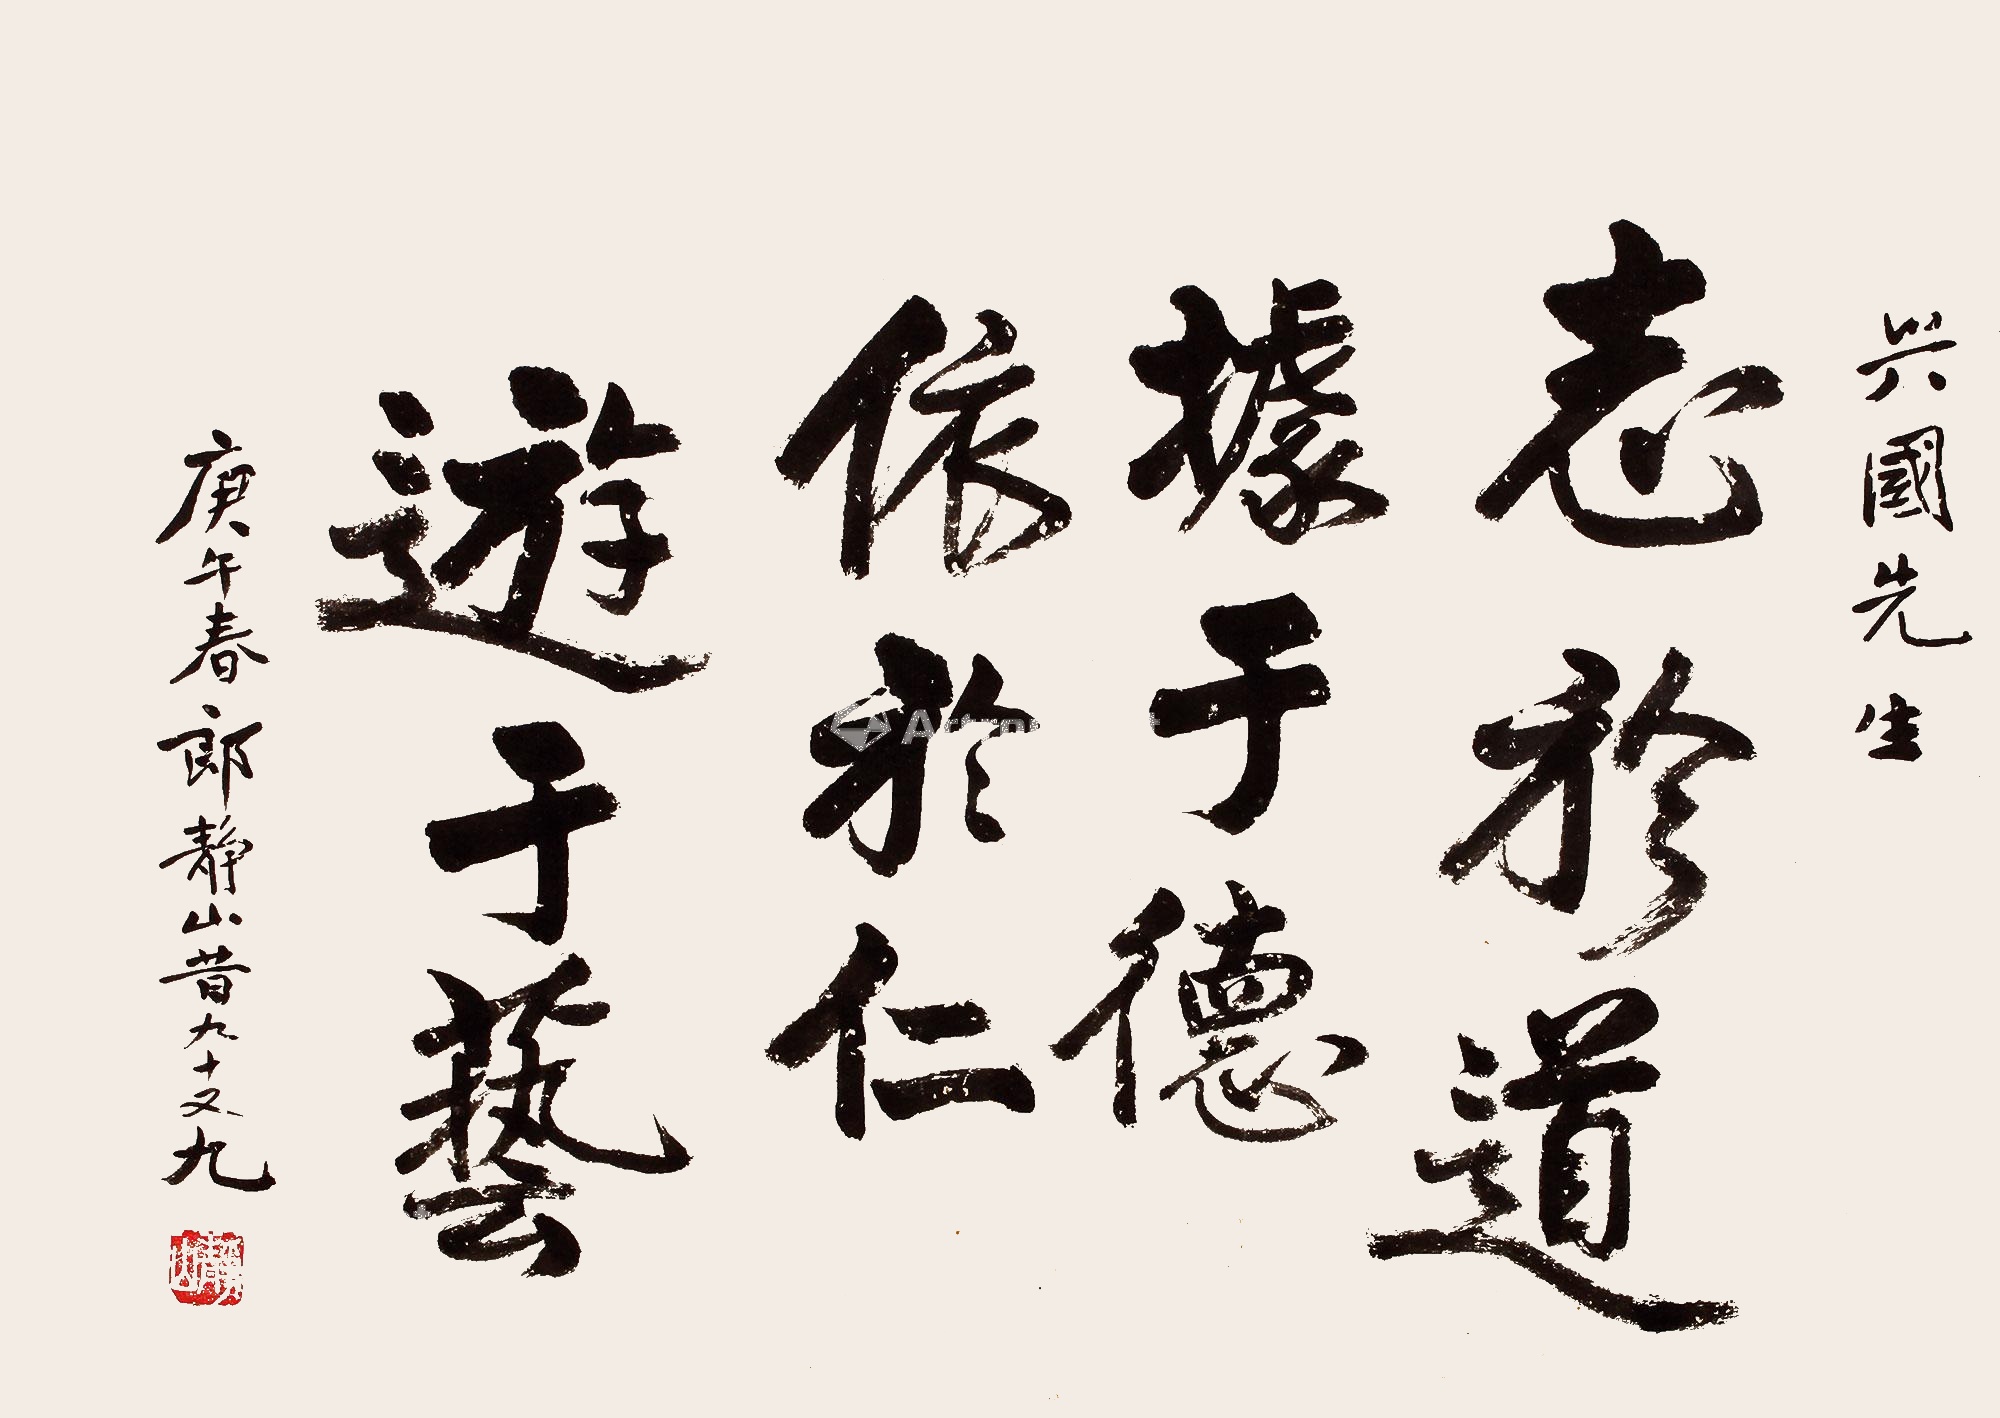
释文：志于道，据于德，依于仁，游于艺。兴国先生，庚午春，郎静山昔九十又九。